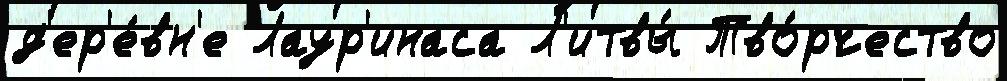
д'ер'е́вн'е Лаур'инаса Л'итвы́ Тво́рчество